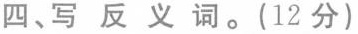
四、写反义词。(12分)